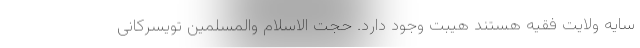
سایه ولایت فقیه هستند هیبت وجود دارد. حجت الاسلام والمسلمین تویسرکانی